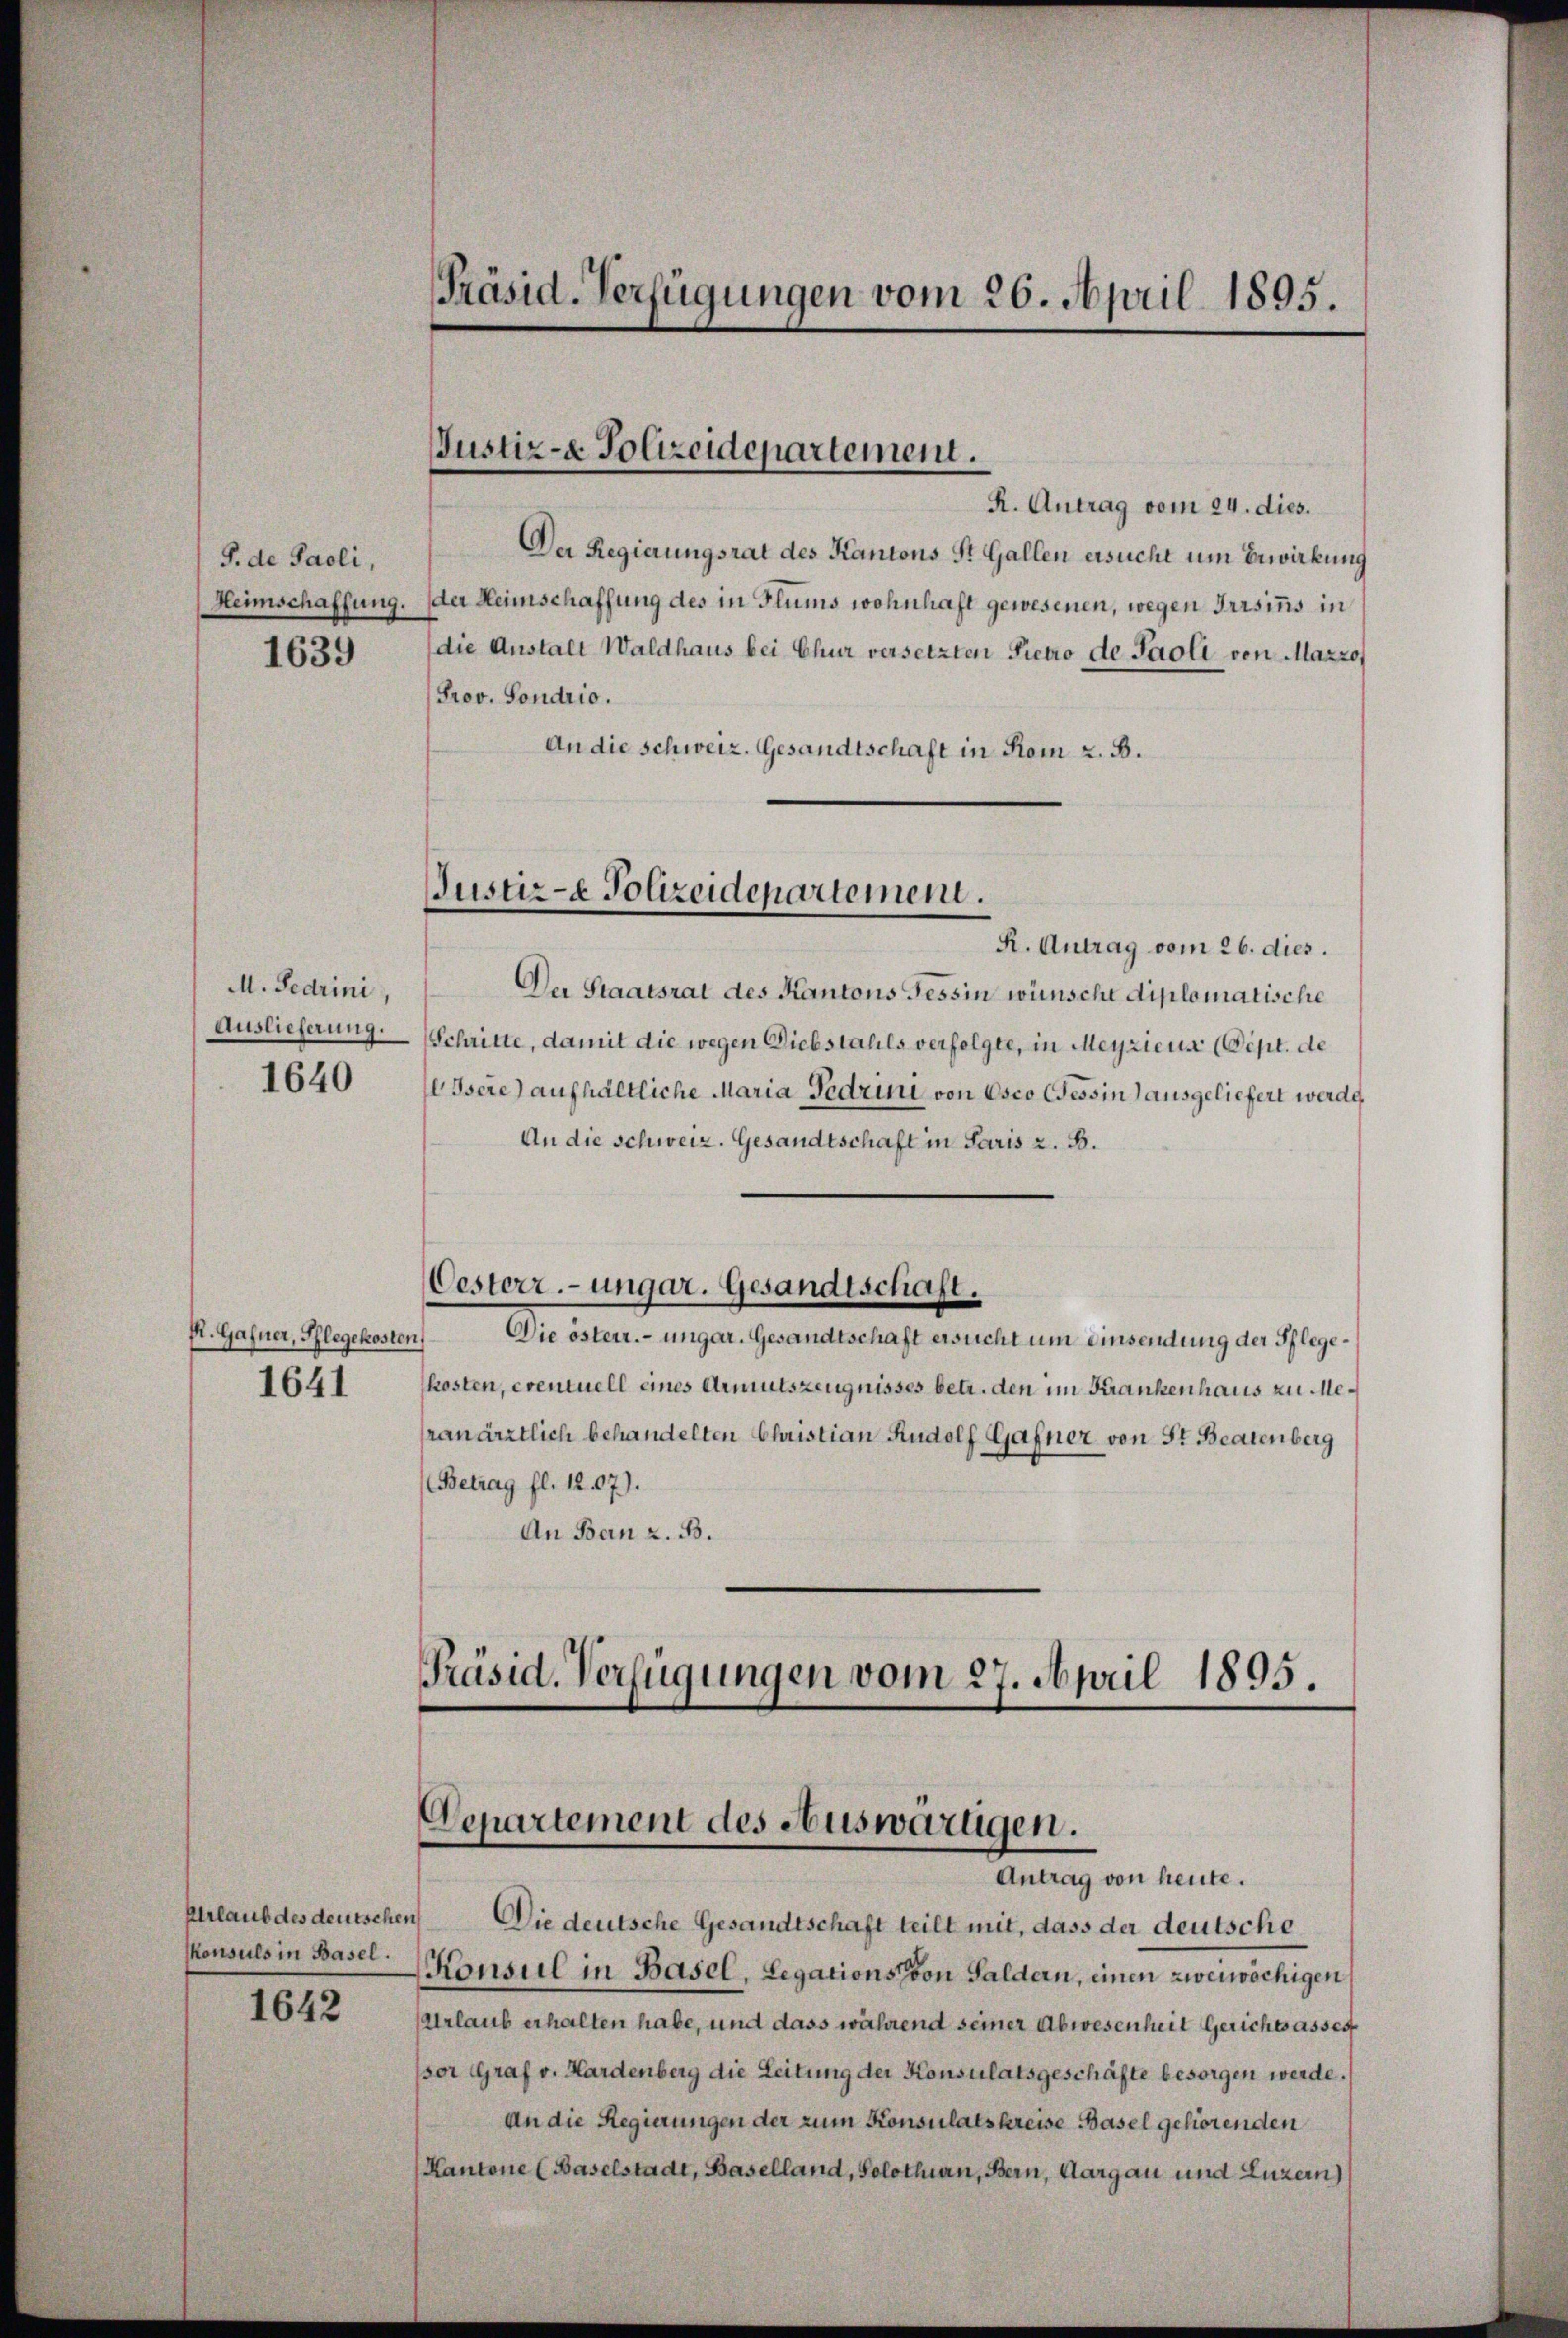
P. de Paoli,
Heimschaffung.
1639

M. Fedrini,
Auslieferung.
1640

1642

R. Gafner, Pflegekosten
1641

Urlaub des deutschen
konsuls in Basel.

Präsid. Verfügungen vom 26. April 1895.

Justiz- & Polizeidepartement.

R. Antrag vom 24. dies.
Der Regierungsrat des Kantons St. Gallen ersucht um Erwirkung
der Heimschaffung des in Flums wohnhaft gewesenen, wegen Irrsinns in
(die Anstalt Waldhaus bei Chur versetzten Pietro de Paoli von Marzo
Prov. Sondrio.
An die schweiz. Gesandtschaft in Rom z. B.

Justiz- & Polizeidepartement.

R. Antrag vom 26. dies.
Der Staatsrat des Kantons Tessin wünsche diplomatische
Schritte, damit die wegen Diebstahls verfolgte, in Meyzicus (Sept. de
Isere) aufhältliche Maria Fedrini von Osco Tessin ausgeliefert werde
An die Schweiz. Gesandtschaft in Paris z. B.
Oesterr.-ungar. Gesandtschaft.
Die österr. ungar. Gesandtschaft ersucht um einsendung der Pflegekosten, eventuell eines Armutszeugnisses betr. den im Krankenhaus zu Meranärztlich behandelten Christian Rudolf Gafner von St. Beatenberg
(Betrag fl. 12. 07).
An Bern z. B.

Präsid. Verfügungen vom 27. April 1895.
Departement des Auswarügen.
Antrag von heute.
Die deutsche Gesandtschaft teilt mit, dass der deutsche

Konsul in Basel, Legations von Saldern, einen zweiwöchigen
Urlaub erhalten habe, und dass während seiner Abwesenheit Gerichwasses
sor Graf v. Hardenberg die Leitung der Konsulatsgeschäfte besorgen werde.
An die Regierungen der zum Konsulatskreise Basel gehörenden
Kantone (Baselstadt, Baselland, Solothurn, Bern, Aargau und Luzern)